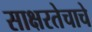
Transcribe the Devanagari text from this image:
साक्षरतेचाचे